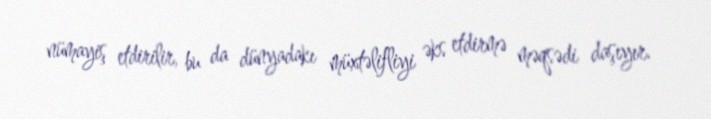
nümayiş etdirilir, bu da dünyadakı müxtəlifliyi əks etdirmə məqsədi daşıyır.